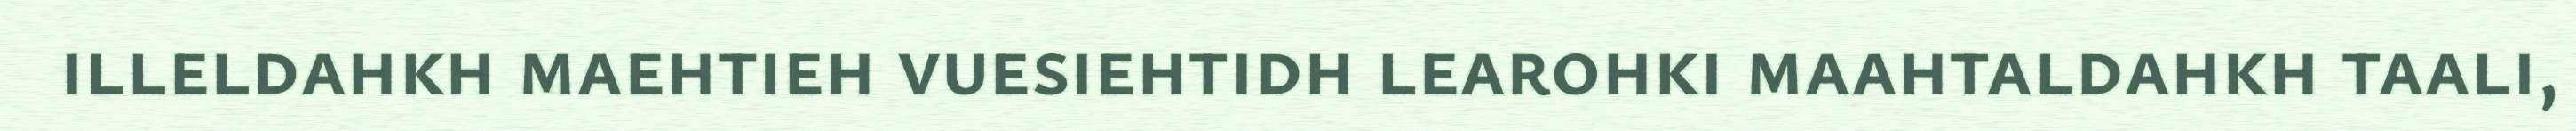
illeldahkh maehtieh vuesiehtidh learohki maahtaldahkh taali,